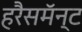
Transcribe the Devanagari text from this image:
हरैसमॅन्ट